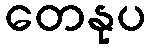
တေနုပ